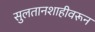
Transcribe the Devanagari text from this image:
सुलतानशाहीवरून